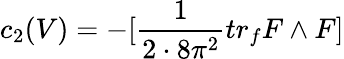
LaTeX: c_{2}(V)=-[\frac{1}{2\cdot 8\pi^{2}}tr_{f}F\wedge F]